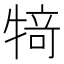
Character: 𰠸